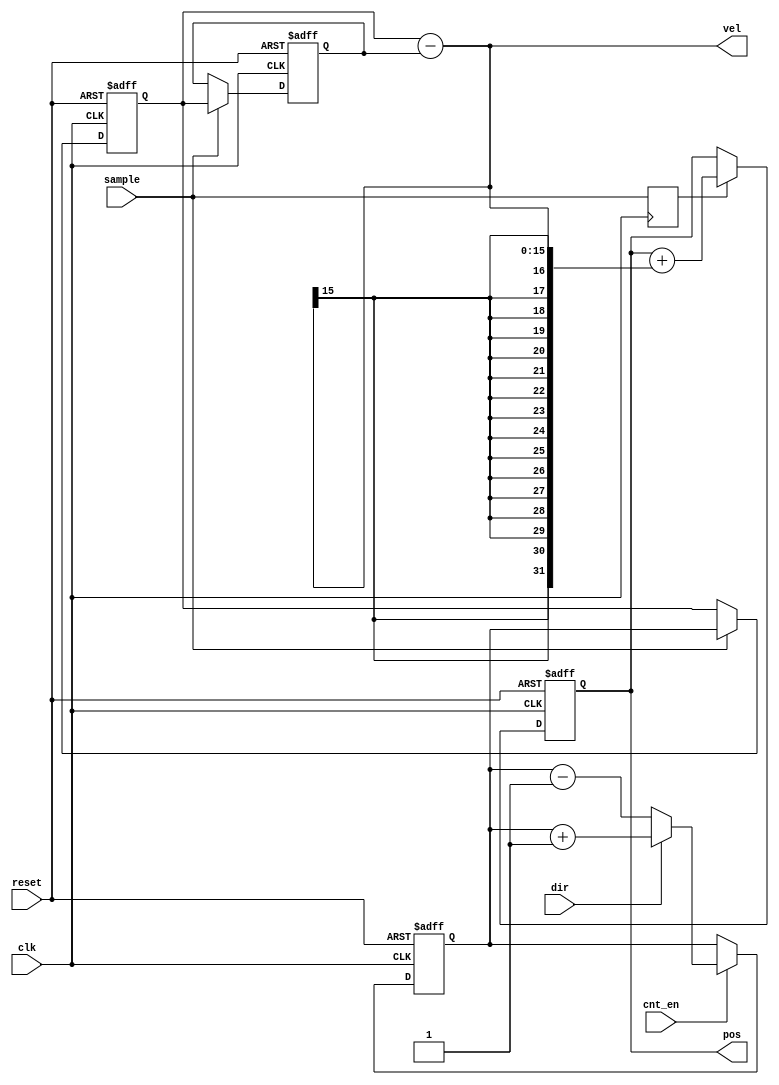
module PosCntr(clk,cnt_en,dir,reset,sample,pos,vel);
    input clk;			//master clock
    input cnt_en;		//enable counter
    input dir;			//fowards or backwards
    input reset;		//clear registers to zero
    input sample; 		//update sample
    output [31:0] pos; 	//position output
    output [15:0] vel;	//velocity output

//-----------------------------------------------------------
// major components of the position register
//
// position counter....16 bits...is used to keep track of
// change in position sample to sample
//
// position diff....differential of position...used to get
// the real change in position and to output the velocity
// all at the same time
//
// position accumulator...this is a 32 bit position
//
//-----------------------------------------------------------
	reg [15:0] counter;
	reg [15:0] vreg1,vreg2;
	reg [15:0] vel;
	wire [31:0] velext;	//sign extend
	reg [31:0] pos;
	reg doadd;

//-----------counter----------------------

always @(posedge clk or posedge reset)
begin
   if (reset)
      counter <= 16'b0;
   else begin
		if (cnt_en)
            if (dir)
               counter <= counter + 1;
            else
               counter <= counter - 1;
  end
end

//-------------differential delay regs-----

always @(posedge clk or posedge reset)
begin
	if(reset)
	begin			    	// reset
		vreg1 <= 16'b0;	//pipe delay 1
		vreg2 <= 16'b0;	//pipe delay 2
	end
	else
	begin		
 		if (sample)	//on sample
		begin
			vreg2 <= vreg1;	//update pipe delay 1	
			vreg1 <= counter;	//update pipe delay 2
		end
	end
end

always @(vreg1 or vreg2)
begin
	vel = vreg1 - vreg2;
end	

//--------this does a sign extend----------

assign velext[31:0] = {vel[15],vel[15],vel[15],vel[15],vel[15],vel[15],vel[15],vel[15],vel[15],vel[15],vel[15],vel[15],vel[15],vel[15],vel[15],vel[15],vel[15:0]};

//----pipe line delay, add vel to position one clock cycle later
always @(posedge clk)
	doadd <= sample;

//----------------------------------------------
// 32 bit accumulator
// add in sign extended velocity or clear to zero
//----------------------------------------------
always @(posedge clk or posedge reset)
begin
	if(reset)
		pos <= 32'b0;	//reset accumulator to zero
	else
	begin
		if(doadd)
			pos <= pos + velext;	//add vel
	end
end
endmodule